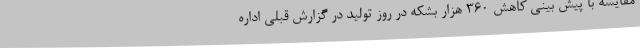
مقایسه با پیش بینی کاهش 360 هزار بشکه در روز تولید در گزارش قبلی اداره